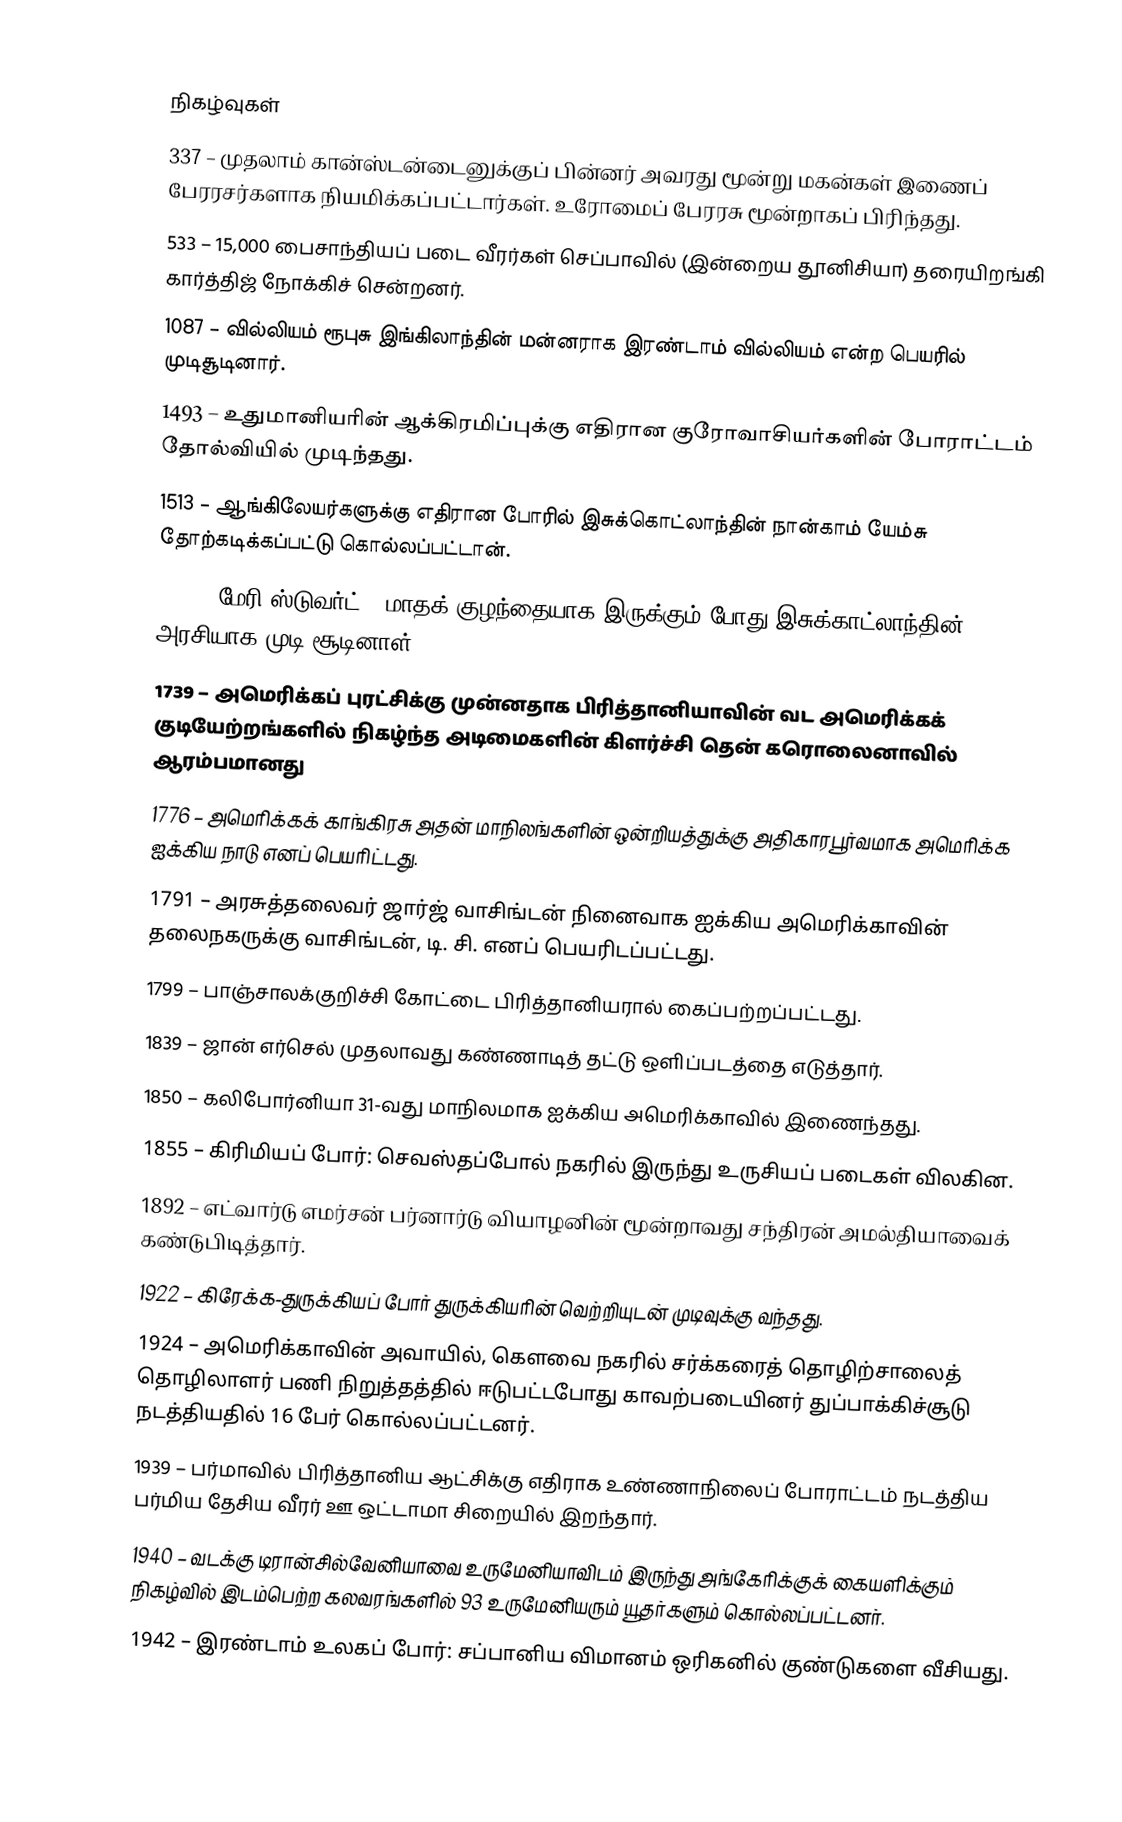

நிகழ்வுகள்
337 – முதலாம் கான்ஸ்டன்டைனுக்குப் பின்னர் அவரது மூன்று மகன்கள் இணைப் பேரரசர்களாக நியமிக்கப்பட்டார்கள். உரோமைப் பேரரசு மூன்றாகப் பிரிந்தது.
533 – 15,000 பைசாந்தியப் படை வீரர்கள் செப்பாவில் (இன்றைய தூனிசியா) தரையிறங்கி கார்த்திஜ் நோக்கிச் சென்றனர்.
1087 – வில்லியம் ரூபுசு இங்கிலாந்தின் மன்னராக இரண்டாம் வில்லியம் என்ற பெயரில் முடிசூடினார்.
1493 – உதுமானியரின் ஆக்கிரமிப்புக்கு எதிரான குரோவாசியர்களின் போராட்டம் தோல்வியில் முடிந்தது.
1513 – ஆங்கிலேயர்களுக்கு எதிரான போரில் இசுக்கொட்லாந்தின் நான்காம் யேம்சு தோற்கடிக்கப்பட்டு கொல்லப்பட்டான்.
1543 – மேரி ஸ்டுவர்ட் 9 மாதக் குழந்தையாக இருக்கும் போது இசுக்காட்லாந்தின் அரசியாக முடி சூடினாள்.
1739 – அமெரிக்கப் புரட்சிக்கு முன்னதாக பிரித்தானியாவின் வட அமெரிக்கக் குடியேற்றங்களில் நிகழ்ந்த அடிமைகளின் கிளர்ச்சி தென் கரொலைனாவில் ஆரம்பமானது
1776 – அமெரிக்கக் காங்கிரசு அதன் மாநிலங்களின் ஒன்றியத்துக்கு அதிகாரபூர்வமாக அமெரிக்க ஐக்கிய நாடு எனப் பெயரிட்டது.
1791 – அரசுத்தலைவர் ஜார்ஜ் வாசிங்டன் நினைவாக ஐக்கிய அமெரிக்காவின் தலைநகருக்கு வாசிங்டன், டி. சி. எனப் பெயரிடப்பட்டது.
1799 – பாஞ்சாலக்குறிச்சி கோட்டை பிரித்தானியரால் கைப்பற்றப்பட்டது.
1839 – ஜான் எர்செல் முதலாவது கண்ணாடித் தட்டு ஒளிப்படத்தை எடுத்தார்.
1850 – கலிபோர்னியா 31-வது மாநிலமாக ஐக்கிய அமெரிக்காவில் இணைந்தது.
1855 – கிரிமியப் போர்: செவஸ்தப்போல் நகரில் இருந்து உருசியப் படைகள் விலகின.
1892 – எட்வார்டு எமர்சன் பர்னார்டு வியாழனின் மூன்றாவது சந்திரன் அமல்தியாவைக் கண்டுபிடித்தார்.
1922 – கிரேக்க-துருக்கியப் போர் துருக்கியரின் வெற்றியுடன் முடிவுக்கு வந்தது.
1924 – அமெரிக்காவின் அவாயில், கௌவை நகரில் சர்க்கரைத் தொழிற்சாலைத் தொழிலாளர் பணி நிறுத்தத்தில் ஈடுபட்டபோது காவற்படையினர் துப்பாக்கிச்சூடு நடத்தியதில் 16 பேர் கொல்லப்பட்டனர்.
1939 – பர்மாவில் பிரித்தானிய ஆட்சிக்கு எதிராக உண்ணாநிலைப் போராட்டம் நடத்திய பர்மிய தேசிய வீரர் ஊ ஒட்டாமா சிறையில் இறந்தார்.
1940 – வடக்கு டிரான்சில்வேனியாவை உருமேனியாவிடம் இருந்து அங்கேரிக்குக் கையளிக்கும் நிகழ்வில் இடம்பெற்ற கலவரங்களில் 93 உருமேனியரும் யூதர்களும் கொல்லப்பட்டனர்.
1942 – இரண்டாம் உலகப் போர்: சப்பானிய விமானம் ஒரிகனில் குண்டுகளை வீசியது.